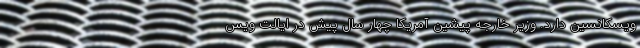
ویسکانسین دارد. وزیر خارجه پیشین آمریکا چهار سال پیش در ایالت ویس